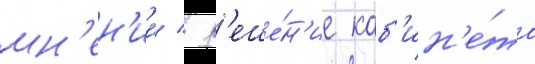
мн'ен'ии / р'еше́н'ие каб'ин'е́та